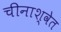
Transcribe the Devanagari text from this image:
चीनाश्वेत